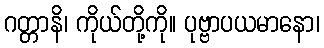
ဂတ္တာနိ၊ ကိုယ်တို့ကို။ ပုဗ္ဗာပယမာနော၊